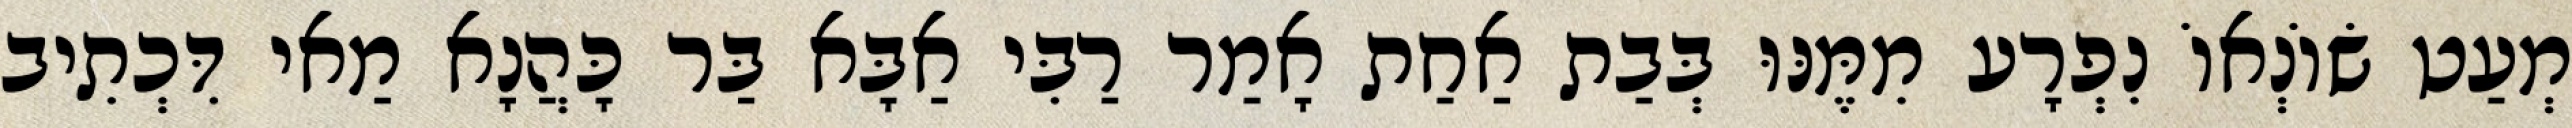
מְעַט שׂוֹנְאוֹ נִפְרָע מִמֶּנּוּ בְּבַת אַחַת אָמַר רַבִּי אַבָּא בַּר כָּהֲנָא מַאי דִּכְתִיב